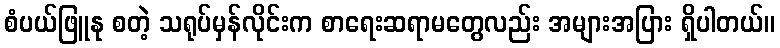
စံပယ်ဖြူနု စတဲ့ သရုပ်မှန်လိုင်းက စာရေးဆရာမတွေလည်း အများအပြား ရှိပါတယ်။